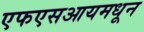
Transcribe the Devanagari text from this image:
एफएसआयमधून